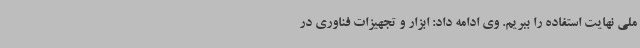
ملی نهایت استفاده را ببریم. وی ادامه داد: ابزار و تجهیزات فناوری در